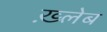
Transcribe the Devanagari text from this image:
ख़्लेब